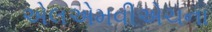
એલએમવીએચના